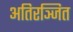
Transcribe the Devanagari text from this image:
अतिरञ्जित